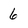
Character: 6